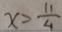
x > \frac { 1 1 } { 4 }